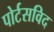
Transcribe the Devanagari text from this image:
पोर्टसविद